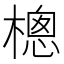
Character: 樬